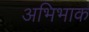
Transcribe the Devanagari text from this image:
अभिभाक